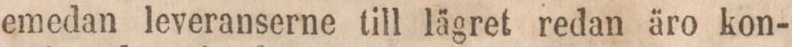
emedan leveranserne till lägret redan äro kon-